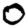
Digit: 0